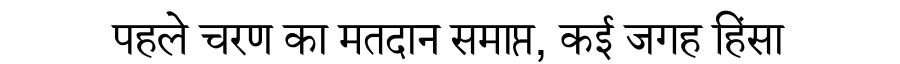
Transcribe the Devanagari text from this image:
पहले चरण का मतदान समाप्त, कई जगह हिंसा